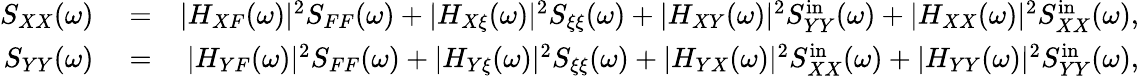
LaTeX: \begin{array}{rlr}{S_{XX}(\omega)}&{{}=}&{|H_{XF}(\omega)|^{2}S_{FF}(\omega)+|H_{X\xi}(\omega)|^{2}S_{\xi\xi}(\omega)+|H_{XY}(\omega)|^{2}S_{YY}^{\mathrm{in}}(\omega)+|H_{XX}(\omega)|^{2}S_{XX}^{\mathrm{in}}(\omega),}\\ {S_{YY}(\omega)}&{{}=}&{|H_{YF}(\omega)|^{2}S_{FF}(\omega)+|H_{Y\xi}(\omega)|^{2}S_{\xi\xi}(\omega)+|H_{YX}(\omega)|^{2}S_{XX}^{\mathrm{in}}(\omega)+|H_{YY}(\omega)|^{2}S_{YY}^{\mathrm{in}}(\omega),}\end{array}